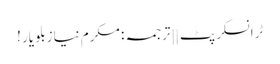
ٹرانسکرپٹ || ترجمہ : مکرم نیازبلو یار !